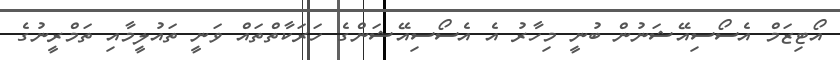
އޯޓިޒަމް އެސޯސިއޭޝަނުން ބުނީ މިހާރު އެ އެސޯސިއޭޝަންގެ ހަރަކާތްތައް ވަނީ ތައުލީމާއި ތަމްރީނުގެ